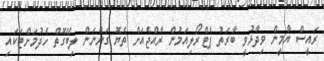
ރައީސް ޔާމީން ވިދާޅުވީ ބާރަތު ޕެޓްރޯލިއަމުން ރާއްޖެއަށް ތެޔޮ ގަންނަން ލިބޭގޮތް ހެދުމަށްޓަކައި